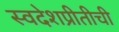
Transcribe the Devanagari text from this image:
स्वदेशप्रीतीची